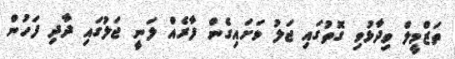
ތަޒްމީލް ވިދާޅުވި ގޮތުގައި ޖަލު ވަށައިގެން ފާރެއް ލަނީ ޖަލުގައި ދާދި ފަހުން